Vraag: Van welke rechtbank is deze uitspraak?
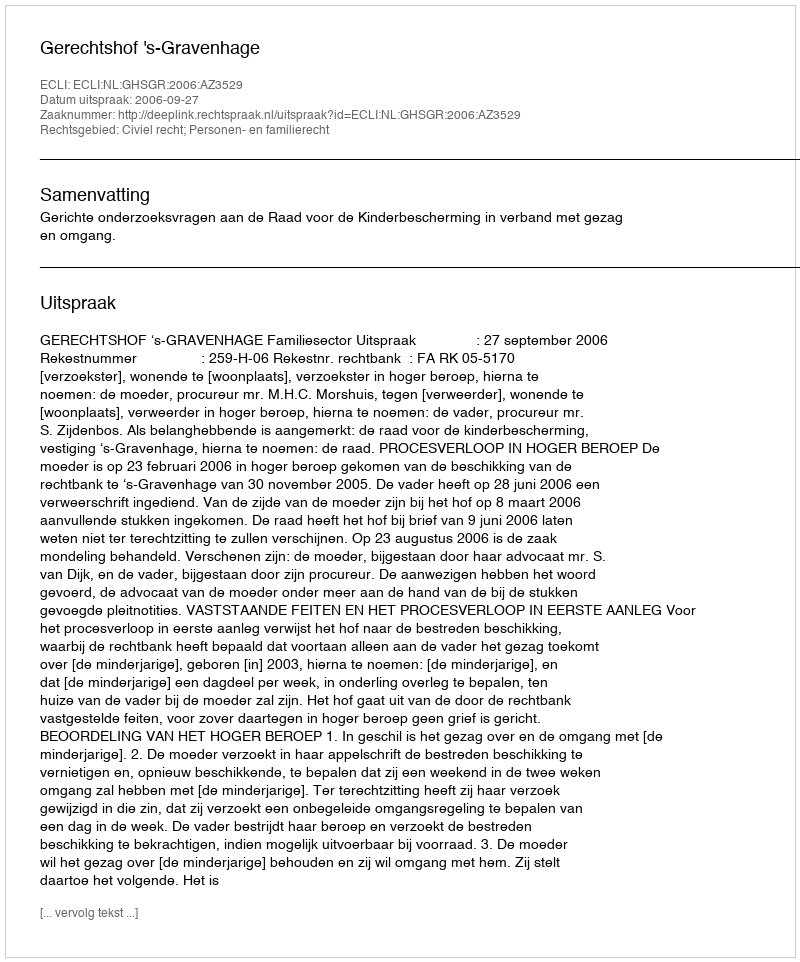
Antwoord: Gerechtshof 's-Gravenhage